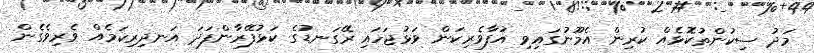
މަދު ސިކުންތުކޮޅެއް ކުރިން އެމޫނުގައިވި އުފާވެރިކަން ވަޅުޖަހައި ރޭގަނޑުގެ ކަޅުފޭރާންފަދަ އަނދިރިކަމެއް ވެރިވެގެން